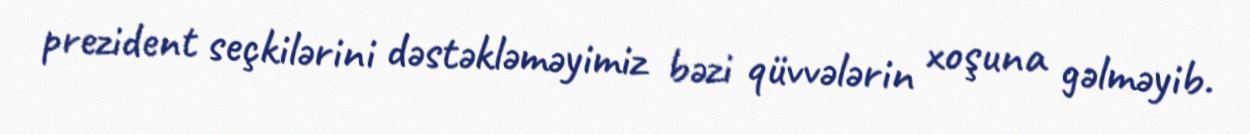
prezident seçkilərini dəstəkləməyimiz bəzi qüvvələrin xoşuna gəlməyib.